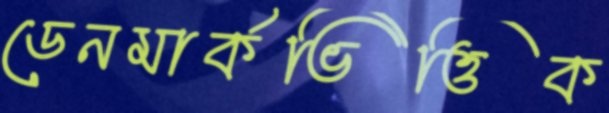
ডেনমার্কভিত্তিক